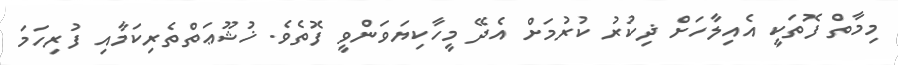
މިމާތް ފޮތަކީ އެއިލާހަށް ޛިކުރު ކުރުމަށް އެދޭ މީހާކިޔަވަންވީ ފޮތެވެ. ޚުޝޫޢަތްތެރިކަމާއި ފުރިހަމަ